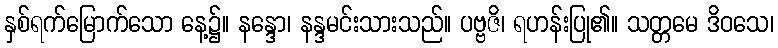
နှစ်ရက်မြောက်သော နေ့၌။ နန္ဒော၊ နန္ဒမင်းသားသည်။ ပဗ္ဗဇိ၊ ရဟန်းပြု၏။ သတ္တမေ ဒိဝသေ၊